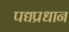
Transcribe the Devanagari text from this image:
पद्यप्रधान